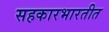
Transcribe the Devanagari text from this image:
सहकारभारतीत